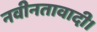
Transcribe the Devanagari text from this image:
नवीनतावादी।